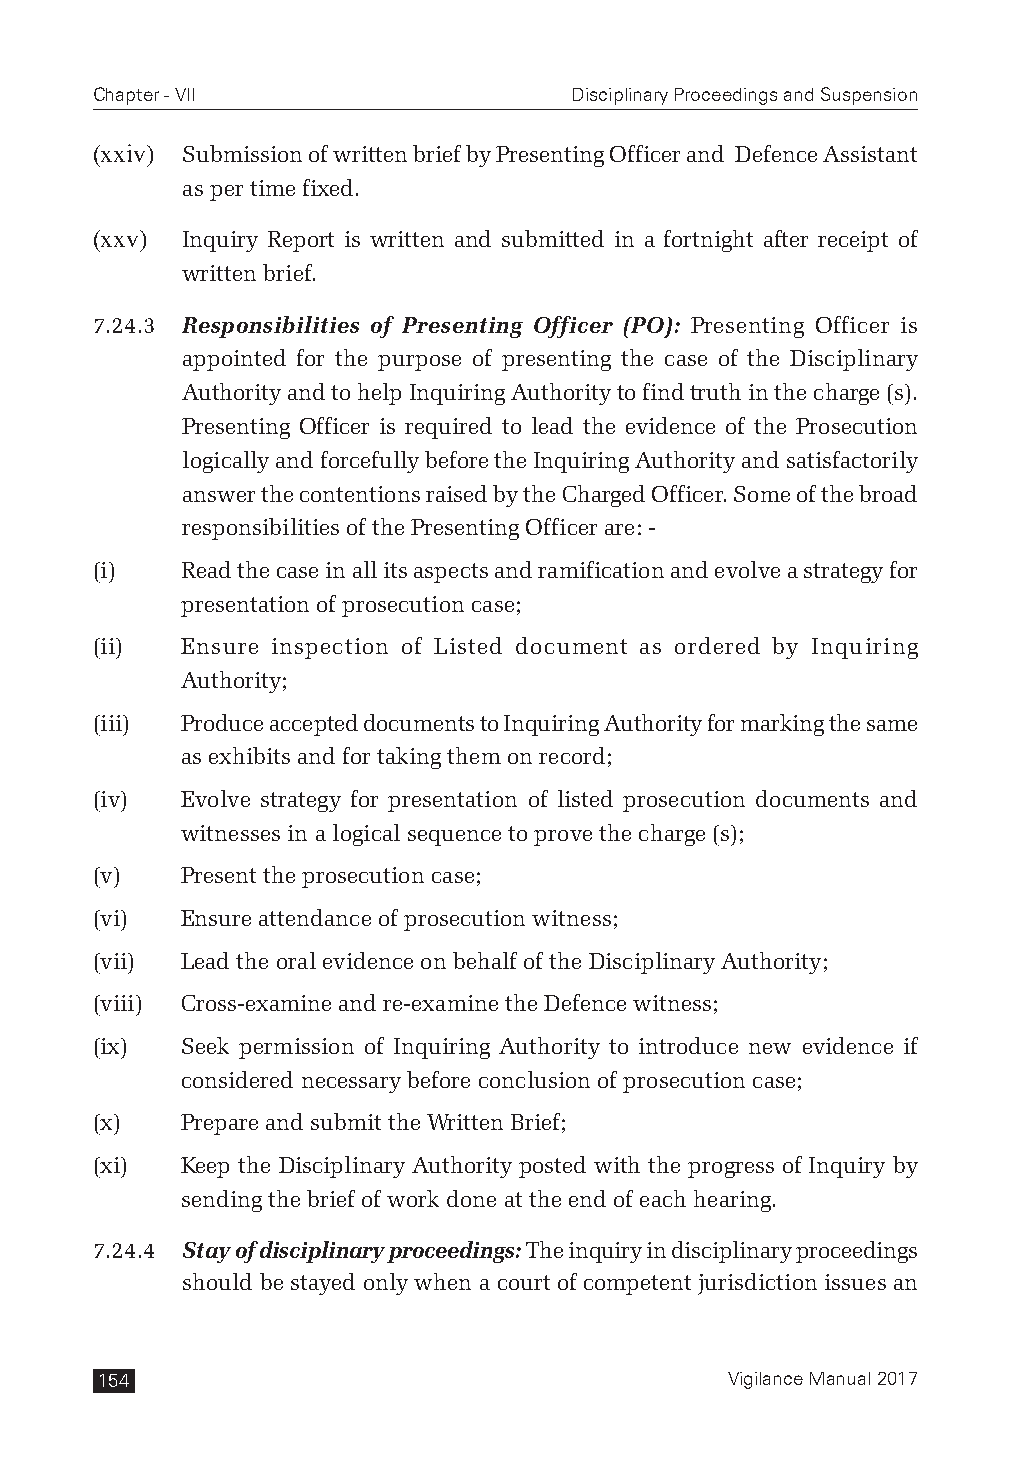
Chapter - VII                   Disciplinary Proceedings and Suspension
 (xxiv) Submission of written brief by Presenting Officer and Defence Assistant
 as per time fixed.
 (xxv) Inquiry Report is written and submitted in a fortnight after receipt of
 written brief.
 7.24.3 Responsibilities of Presenting Officer (PO): Presenting Officer is
 appointed for the purpose of presenting the case of the Disciplinary
 Authority and to help Inquiring Authority to find truth in the charge (s).
 Presenting Officer is required to lead the evidence of the Prosecution
 logically and forcefully before the Inquiring Authority and satisfactorily
 answer the contentions raised by the Charged Officer. Some of the broad
 responsibilities of the Presenting Officer are: -
 (i)   Read the case in all its aspects and ramification and evolve a strategy for
 presentation of prosecution case;
 (ii)  Ensure inspection of Listed document as ordered by Inquiring
 Authority;
 (iii) Produce accepted documents to Inquiring Authority for marking the same
 as exhibits and for taking them on record;
 (iv)  Evolve strategy for presentation of listed prosecution documents and
 witnesses in a logical sequence to prove the charge (s);
 (v)   Present the prosecution case;
 (vi)  Ensure attendance of prosecution witness;
 (vii) Lead the oral evidence on behalf of the Disciplinary Authority;
 (viii) Cross-examine and re-examine the Defence witness;
 (ix)  Seek permission of Inquiring Authority to introduce new evidence if
 considered necessary before conclusion of prosecution case;
 (x)   Prepare and submit the Written Brief;
 (xi)  Keep the Disciplinary Authority posted with the progress of Inquiry by
 sending the brief of work done at the end of each hearing.
 7.24.4 Stay of disciplinary proceedings: The inquiry in disciplinary proceedings
 should be stayed only when a court of competent jurisdiction issues an
 154                                       Vigilance Manual 2017